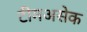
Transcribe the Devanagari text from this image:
टीमअसेक